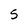
Character: 5